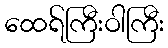
ထေရ်ကြီးဝါကြီး